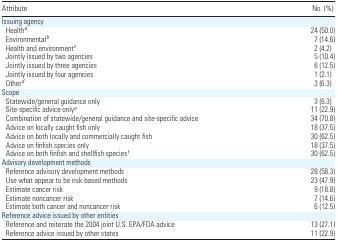
| Attribute | No. (%) |
 | --- | --- |
 | <COLSPAN=2> Issuing agency |
 | Healtha | 24 (50.0) |
 | Environmentalb | 7 (14.6) |
 | Health and environmentc | 2 (4.2) |
 | Jointly issued by two agencies | 5 (10.4) |
 | Jointly issued by three agencies | 6 (12.5) |
 | Jointly issued by four agencies | 1 (2.1) |
 | Otherd | 3 (6.3) |
 | <COLSPAN=2> Scope |
 | Statewide/general guidance only | 3 (6.3) |
 | Site-specific advice onlye | 11 (22.9) |
 | Combination of statewide/general guidance and site-specific advice | 34 (70.8) |
 | Advice on locally caught fish only | 18 (37.5) |
 | Advice on both locally and commercially caught fish | 30 (62.5) |
 | Advice on finfish species only | 18 (37.5) |
 | Advice on both finfish and shellfish speciesf | 30 (62.5) |
 | <COLSPAN=2> Advisory development methods |
 | Reference advisory development methods | 28 (58.3) |
 | Use what appear to be risk-based methods | 23 (47.9) |
 | Estimate cancer risk | 9 (18.8) |
 | Estimate noncancer risk | 7 (14.6) |
 | Estimate both cancer and noncancer risk | 6 (12.5) |
 | <COLSPAN=2> Reference advice issued by other entities |
 | Reference and reiterate the 2004 joint U.S. EPA/FDA advice | 13 (27.1) |
 | Reference advice issued by other states | 11 (22.9) |